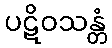
ပဋိဝသန္တံ